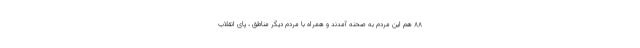
۸۸ هم این مردم به صحنه آمدند و همراه با مردم دیگر مناطق ، پای انقلاب